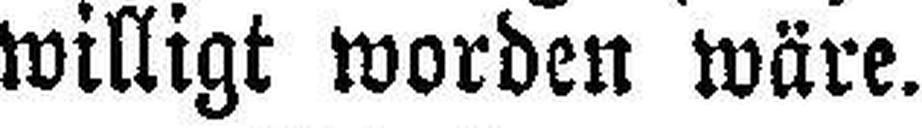
willigt worden wäre.